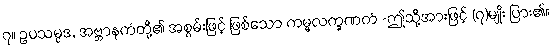
၇။ ဥပသမ္ပဒ, အဗ္ဘာနကံတို့၏ အစွမ်းဖြင့် ဖြစ်သော ကမ္မလက္ခဏကံ -ဤသို့အားဖြင့် (၇)မျိုး ပြား၏။